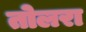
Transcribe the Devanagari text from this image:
तोलरा